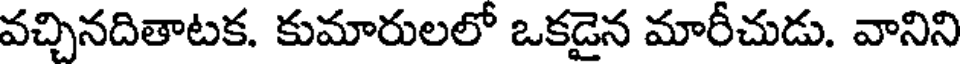
వచ్చినదితాటక. కుమారులలో ఒకడైన మారీచుడు. వానిని